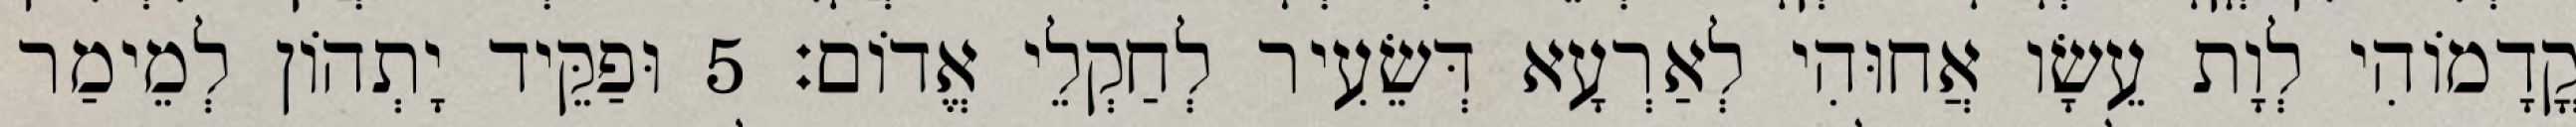
קֳדָמוֹהִי לְוָת עֵשָׂו אֲחוּהִי לְאַרְעָא דְּשֵׂעִיר לְחַקְלֵי אֱדוֹם׃ 5 וּפַקֵּיד יָתְהוֹן לְמֵימַר